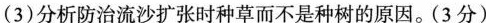
(3)分析防治流沙扩张时种草而不是种树的原因。(3分)